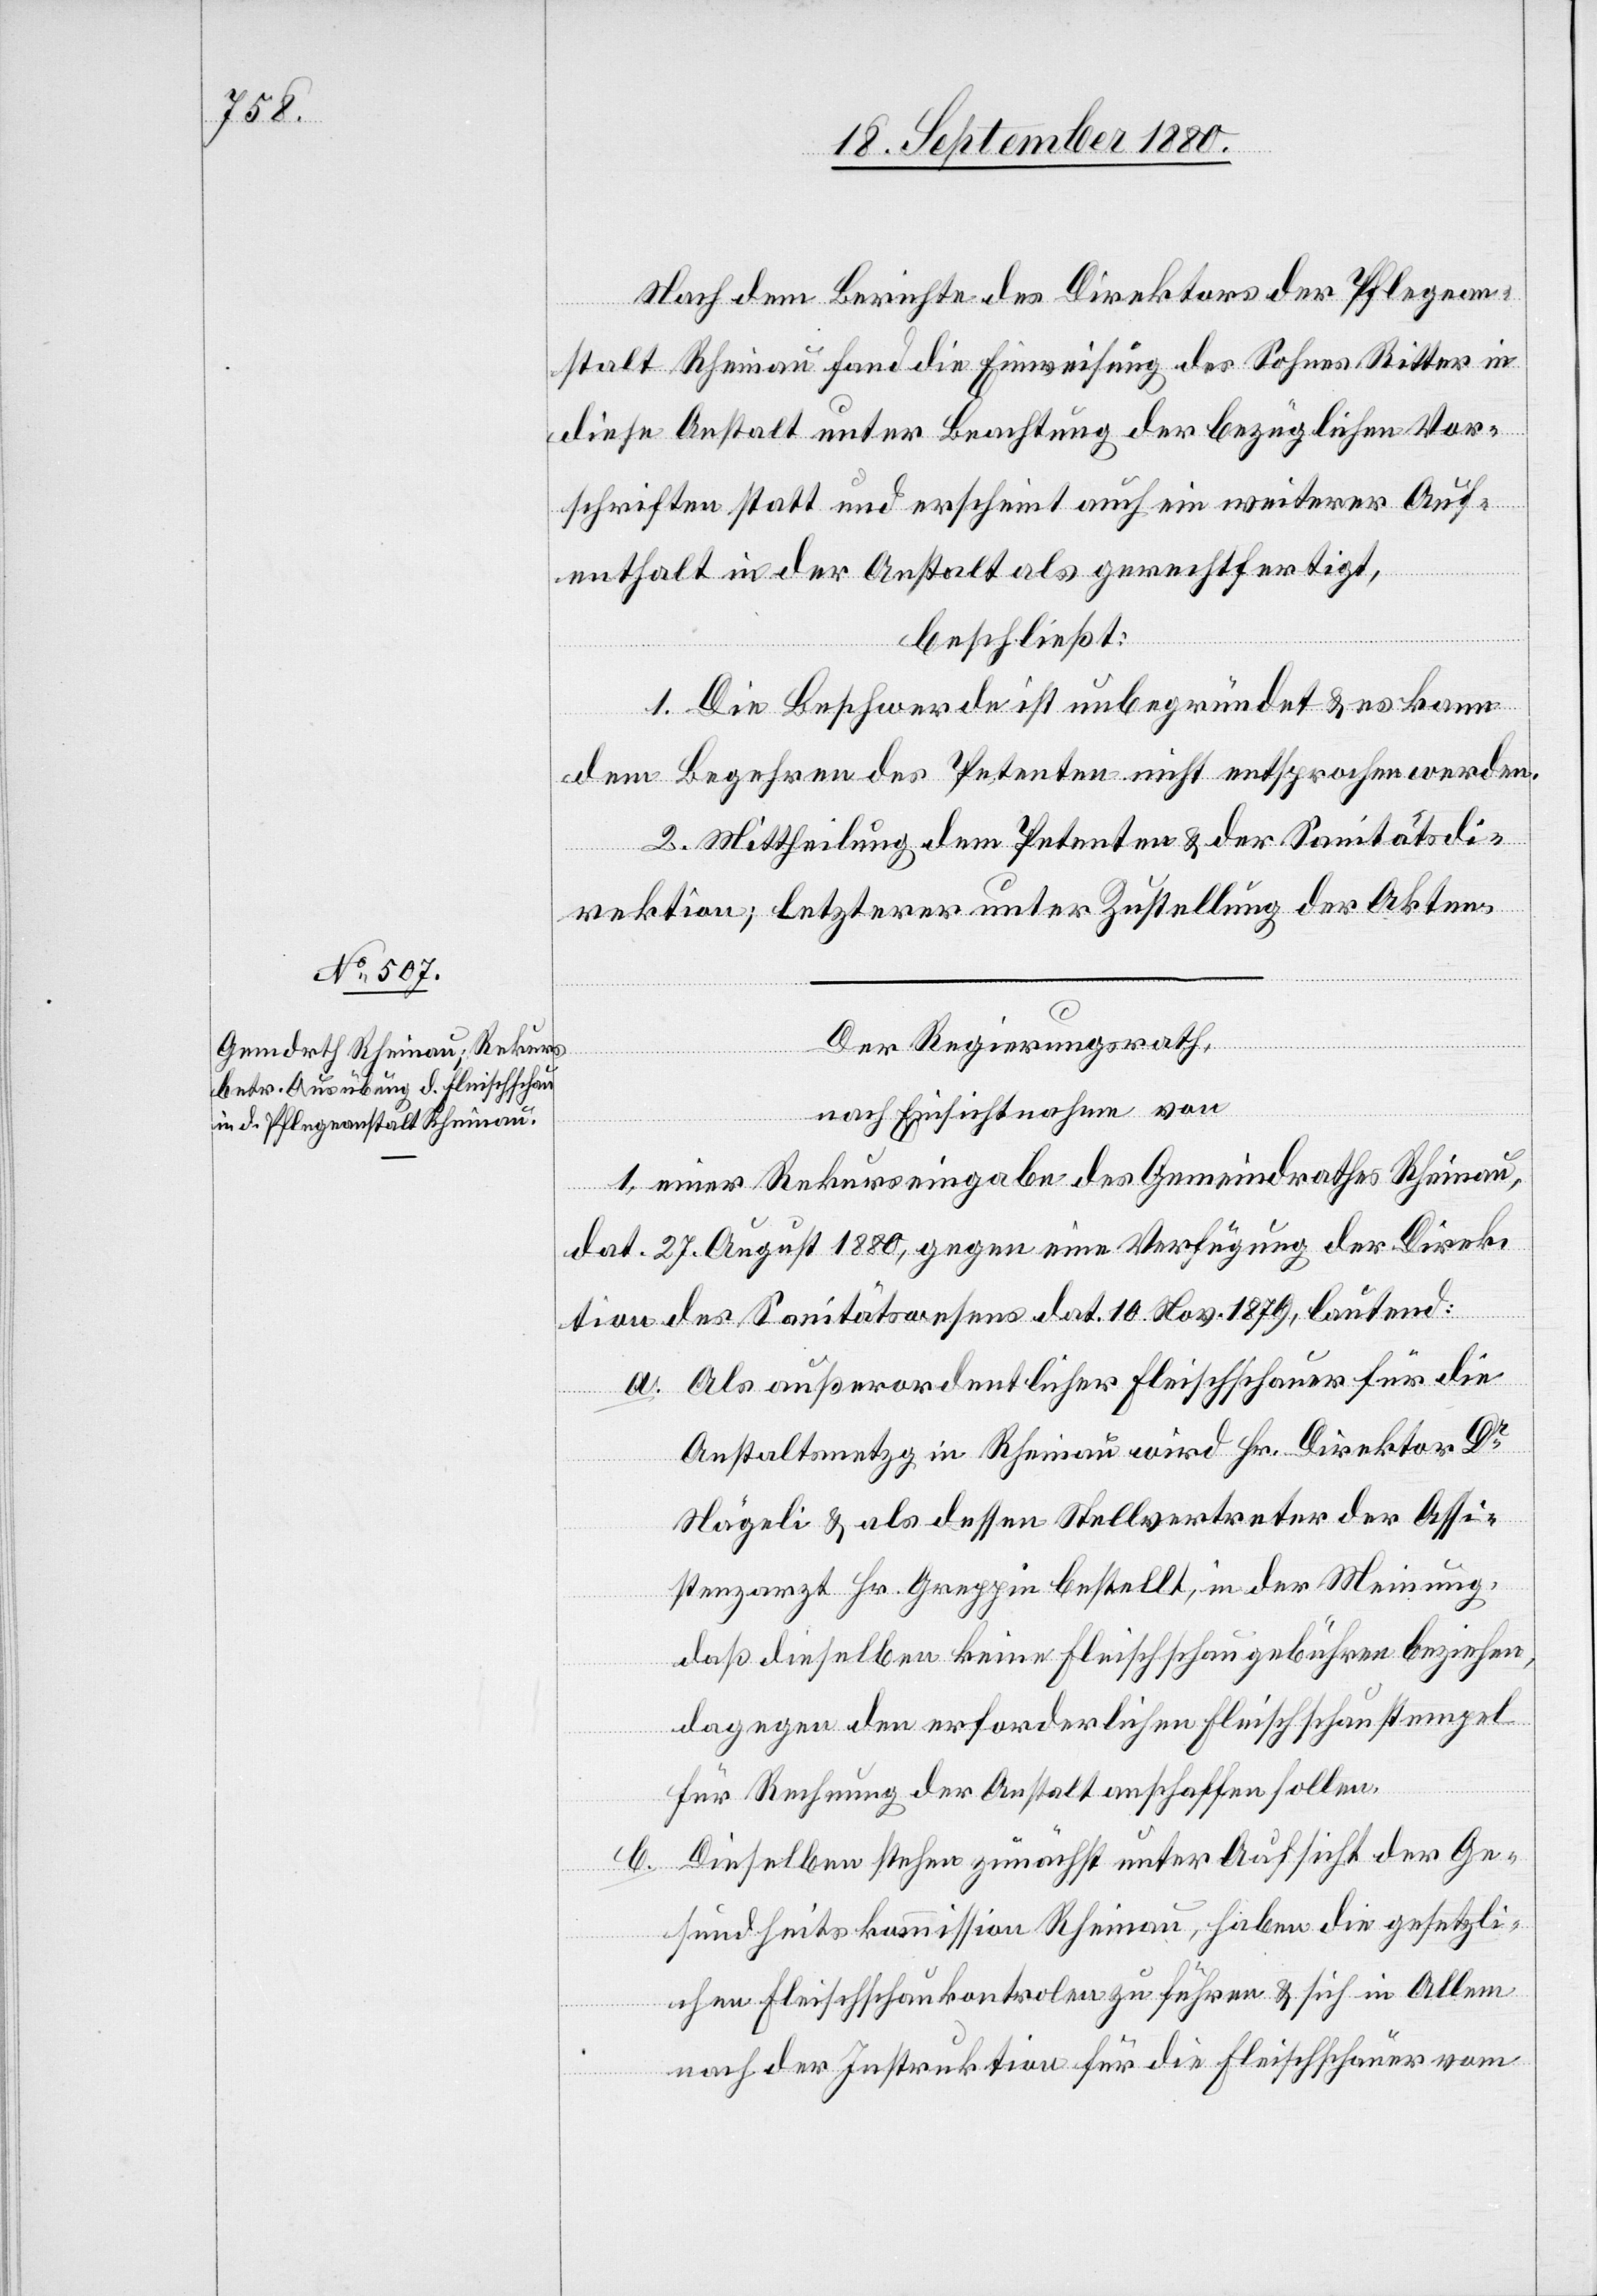
Nach dem Berichte des Direktors der Pflegean¬
stalt Rheinau fand die Einweisung des Sohnes Ritter in
diese Anstalt unter Beachtung der bezüglichen Vor¬
schriften statt und erscheint auch ein weiterer Auf¬
enthalt in der Anstalt als gerechtfertigt,
beschließt:
1. Die Beschwerde ist unbegründet & es kann
dem Begehren des Petenten nicht entsprochen werden.
2. Mittheilung dem Petenten & der Sanitätsdi¬
rektion; letzterer unter Zustellung der Akten.
Der Regierungsrath,
nach Einsichtnahme von
1. einer Rekurseingabe des Gemeindrathes Rheinau,
dat. 27. August 1880, gegen eine Verfügung der Direk¬
tion des Sanitätswesens dat. 10. Nov. 1879, lautend:
a. Als außerordentlicher Fleischschauer für die
Anstaltsmetzg in Rheinau wird Hr. Direktor Dr
Nägeli & als dessen Stellvertreter der Assi¬
stenzarzt Hr. Greppin bestellt, in der Meinung
daß dieselben keine Fleischschaugebühren beziehen,
dagegen den erforderlichen Fleischschaustempel
für Rechnung der Anstalt anschaffen sollen.
Dieselben stehen zunächst unter Aufsicht der Ge¬
b.
sundheitskommission Rheinau, haben die gesetzli¬
chen Fleischschaukontrolen zu führen & sich in Allem
nach der Instruktion für die Fleischschauer vom